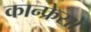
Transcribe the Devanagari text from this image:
कान्फ्रेसों